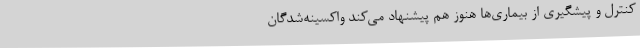
کنترل و پیشگیری از بیماری‌ها هنوز هم پیشنهاد می‌کند واکسینه‌شدگان